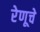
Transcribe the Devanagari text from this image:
रेणूचे